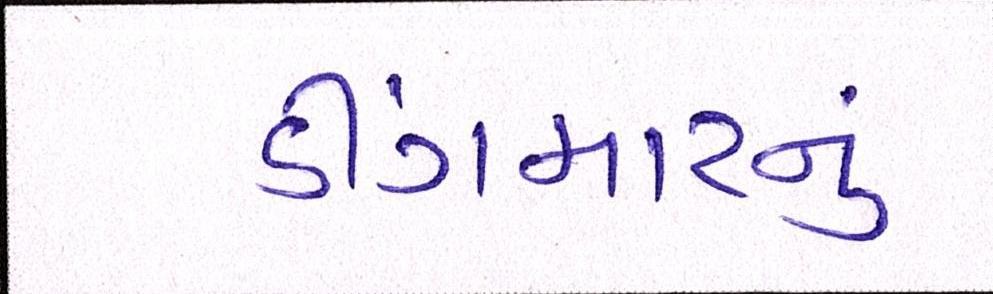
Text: ડીંગમારનું